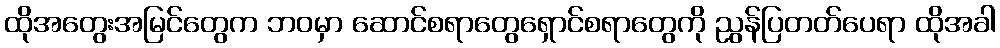
ထိုအတွေးအမြင်တွေက ဘဝမှာ ဆောင်စရာတွေရှောင်စရာတွေကို ညွန်ပြတတ်ပေရာ ထိုအခါ